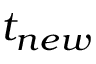
t _ { n e w }